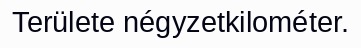
Területe négyzetkilométer.